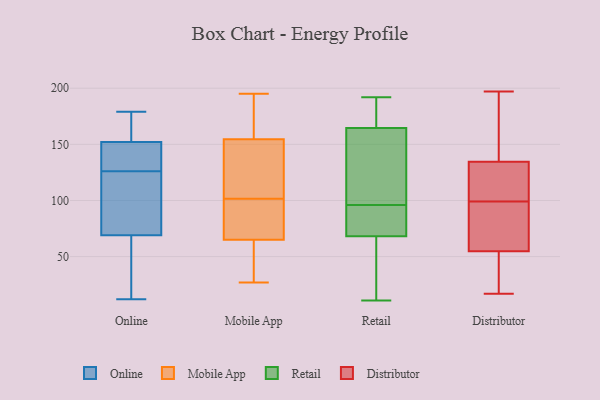
{"axis": {"x": "Population (Million)", "y": "Value"}, "legend": ["Distributor", "Mobile App", "Online", "Retail"], "data": [{"x": "", "y": 151, "type": "Online"}, {"x": "", "y": 144, "type": "Online"}, {"x": "", "y": 179, "type": "Online"}, {"x": "", "y": 152, "type": "Online"}, {"x": "", "y": 165, "type": "Online"}, {"x": "", "y": 136, "type": "Online"}, {"x": "", "y": 116, "type": "Online"}, {"x": "", "y": 47, "type": "Online"}, {"x": "", "y": 18, "type": "Online"}, {"x": "", "y": 69, "type": "Online"}, {"x": "", "y": 97, "type": "Online"}, {"x": "", "y": 86, "type": "Online"}, {"x": "", "y": 137, "type": "Online"}, {"x": "", "y": 42, "type": "Online"}, {"x": "", "y": 102, "type": "Online"}, {"x": "", "y": 12, "type": "Online"}, {"x": "", "y": 169, "type": "Online"}, {"x": "", "y": 174, "type": "Online"}, {"x": "", "y": 67, "type": "Mobile App"}, {"x": "", "y": 99, "type": "Mobile App"}, {"x": "", "y": 130, "type": "Mobile App"}, {"x": "", "y": 183, "type": "Mobile App"}, {"x": "", "y": 69, "type": "Mobile App"}, {"x": "", "y": 104, "type": "Mobile App"}, {"x": "", "y": 27, "type": "Mobile App"}, {"x": "", "y": 177, "type": "Mobile App"}, {"x": "", "y": 63, "type": "Mobile App"}, {"x": "", "y": 189, "type": "Mobile App"}, {"x": "", "y": 121, "type": "Mobile App"}, {"x": "", "y": 87, "type": "Mobile App"}, {"x": "", "y": 58, "type": "Mobile App"}, {"x": "", "y": 132, "type": "Mobile App"}, {"x": "", "y": 49, "type": "Mobile App"}, {"x": "", "y": 195, "type": "Mobile App"}, {"x": "", "y": 83, "type": "Retail"}, {"x": "", "y": 39, "type": "Retail"}, {"x": "", "y": 130, "type": "Retail"}, {"x": "", "y": 192, "type": "Retail"}, {"x": "", "y": 175, "type": "Retail"}, {"x": "", "y": 14, "type": "Retail"}, {"x": "", "y": 161, "type": "Retail"}, {"x": "", "y": 85, "type": "Retail"}, {"x": "", "y": 78, "type": "Retail"}, {"x": "", "y": 11, "type": "Retail"}, {"x": "", "y": 96, "type": "Retail"}, {"x": "", "y": 97, "type": "Retail"}, {"x": "", "y": 187, "type": "Retail"}, {"x": "", "y": 41, "type": "Distributor"}, {"x": "", "y": 105, "type": "Distributor"}, {"x": "", "y": 102, "type": "Distributor"}, {"x": "", "y": 17, "type": "Distributor"}, {"x": "", "y": 91, "type": "Distributor"}, {"x": "", "y": 37, "type": "Distributor"}, {"x": "", "y": 130, "type": "Distributor"}, {"x": "", "y": 136, "type": "Distributor"}, {"x": "", "y": 165, "type": "Distributor"}, {"x": "", "y": 172, "type": "Distributor"}, {"x": "", "y": 197, "type": "Distributor"}, {"x": "", "y": 113, "type": "Distributor"}, {"x": "", "y": 99, "type": "Distributor"}, {"x": "", "y": 21, "type": "Distributor"}, {"x": "", "y": 155, "type": "Distributor"}, {"x": "", "y": 91, "type": "Distributor"}, {"x": "", "y": 92, "type": "Distributor"}, {"x": "", "y": 87, "type": "Distributor"}, {"x": "", "y": 44, "type": "Distributor"}]}